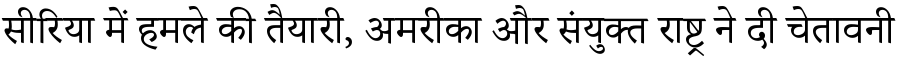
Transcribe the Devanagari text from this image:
सीरिया में हमले की तैयारी, अमरीका और संयुक्त राष्ट्र ने दी चेतावनी